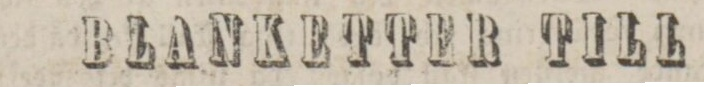
BLANKETTER TILL